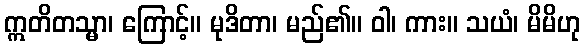
ဣတိတသ္မာ၊ ကြောင့်။ မုဒိတာ၊ မည်၏။ ဝါ၊ ကား။ သယံ၊ မိမိဟု